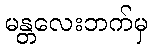
မန္တလေးဘက်မှ